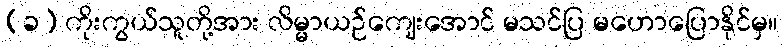
(ခ) ကိုးကွယ်သူတို့အား လိမ္မာယဉ်ကျေးအောင် မသင်ပြ မဟောပြောနိုင်မှ။